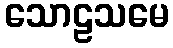
သောဠသမေ